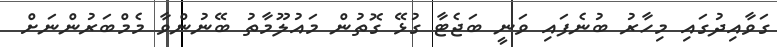
ގަވާއިދުގައި މިހާރު ބުނެފައި ވަނީ ބަޖެޓާ ގުޅޭ ގޮތުން މައުލޫމާތު ބޭނުންވާ މެމްބަރުންނަށް